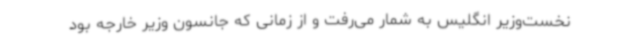
نخست‌وزیر انگلیس به شمار می‌رفت و از زمانی که جانسون وزیر خارجه بود